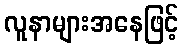
လူနာများအနေဖြင့်